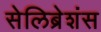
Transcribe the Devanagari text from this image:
सेलिब्रेशंस